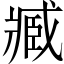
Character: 臧